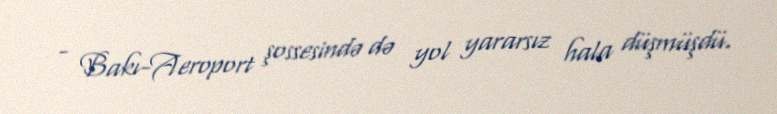
- Bakı-Aeroport şossesində də yol yararsız hala düşmüşdü.